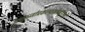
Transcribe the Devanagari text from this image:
अणुऊर्जाप्रकल्पांभोवताली